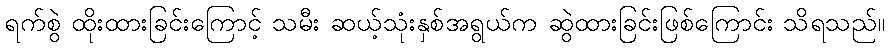
ရက်စွဲ ထိုးထားခြင်းကြောင့် သမီး ဆယ့်သုံးနှစ်အရွယ်က ဆွဲထားခြင်းဖြစ်ကြောင်း သိရသည်။